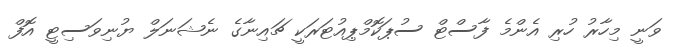
ވަނީ މިހާރު ހުރި އެންމެ ފާސްޓް ސުޕަކޮމްޕިއުޓަރަކީ ޗައިނާގެ ނެޝަނަލް ޔުނިވަސިޓީ އޮފް